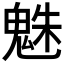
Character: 𩳅